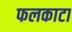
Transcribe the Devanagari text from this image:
फलकाटा